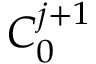
C _ { 0 } ^ { j + 1 }